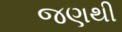
જણથી